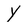
Character: Y